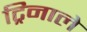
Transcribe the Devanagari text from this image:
ट्रिनाले